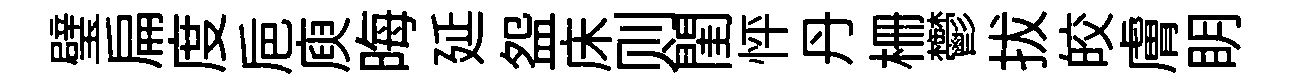
璧扁度巵庾晦延盌床则閨怦丹栅鬱拔皎膚眀